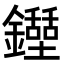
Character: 𨯐